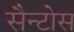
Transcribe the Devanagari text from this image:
सैन्टोस